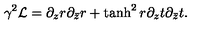
\gamma ^ { 2 } { \cal L } = \partial _ { z } r \partial _ { \bar { z } } r + \tanh ^ { 2 } r \partial _ { z } t \partial _ { \bar { z } } t .